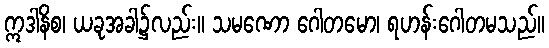
ဣဒါနိစ၊ ယခုအခါ၌လည်း။ သမဏော ဂေါတမော၊ ရဟန်းဂေါတမသည်။